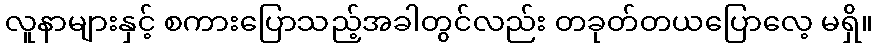
လူနာများနှင့် စကားပြောသည့်အခါတွင်လည်း တခုတ်တယပြောလေ့ မရှိ။